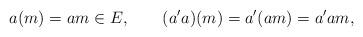
LaTeX: \begin{align*} a(m)=am\in E,\qquad (a'a)(m)=a'(am)=a'am,\end{align*}